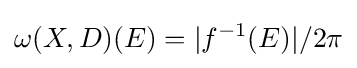
\omega (X,D)(E)=|f^{-1}(E)|/2\pi